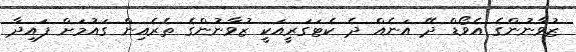
ޒުވާނުންގެ އެވޯޑް ދޭ އަނެއް ދެ ކެޓަގަރީއަކީ ޒުވާނުންގެ ތެރެއިން ގައުމަށް ފައިދާ